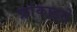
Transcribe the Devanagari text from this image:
फ्रांकाइसे